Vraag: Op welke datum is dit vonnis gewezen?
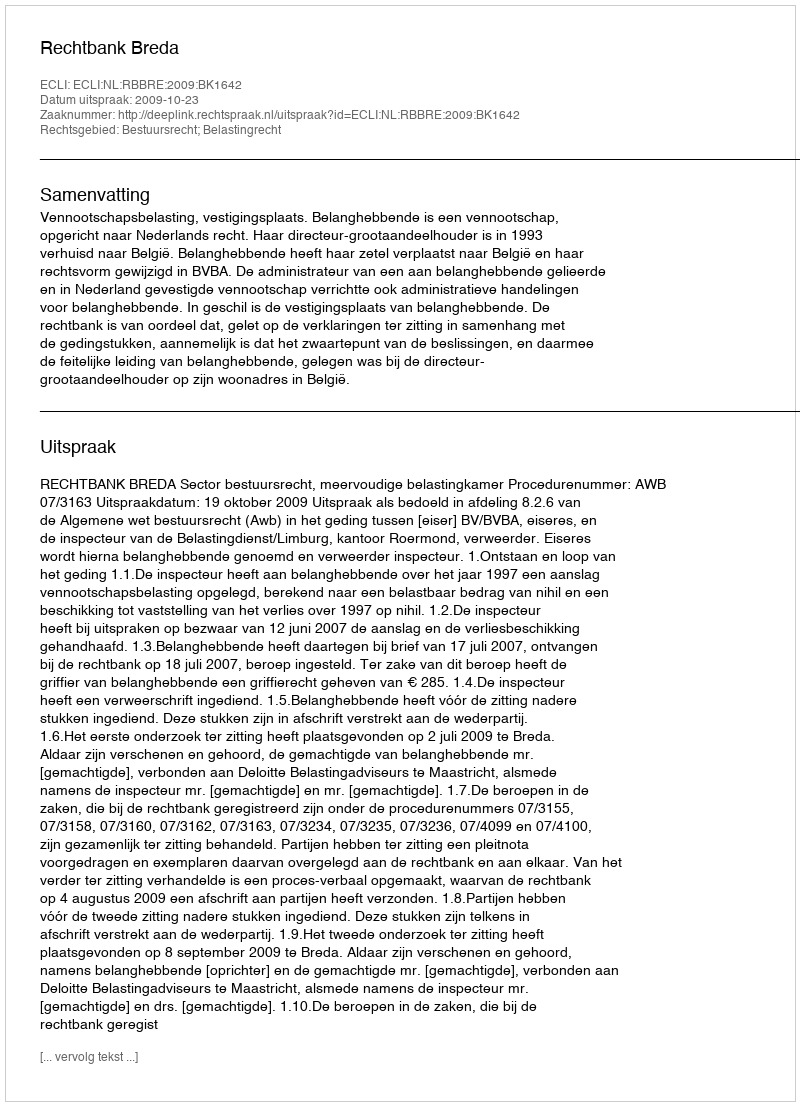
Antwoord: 2009-10-23